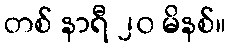
တစ် နာရီ ၂၀ မိနစ်။